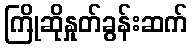
ကြိုဆိုနှုတ်ခွန်းဆက်